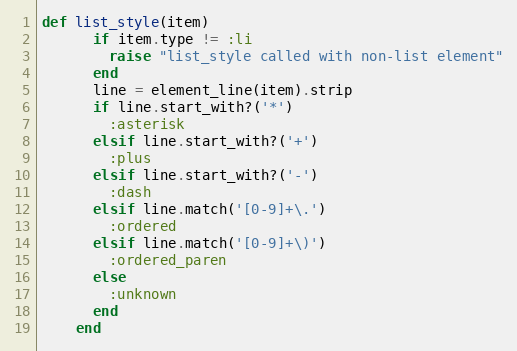
Language: Ruby
def list_style(item)
      if item.type != :li
        raise "list_style called with non-list element"
      end
      line = element_line(item).strip
      if line.start_with?('*')
        :asterisk
      elsif line.start_with?('+')
        :plus
      elsif line.start_with?('-')
        :dash
      elsif line.match('[0-9]+\.')
        :ordered
      elsif line.match('[0-9]+\)')
        :ordered_paren
      else
        :unknown
      end
    end